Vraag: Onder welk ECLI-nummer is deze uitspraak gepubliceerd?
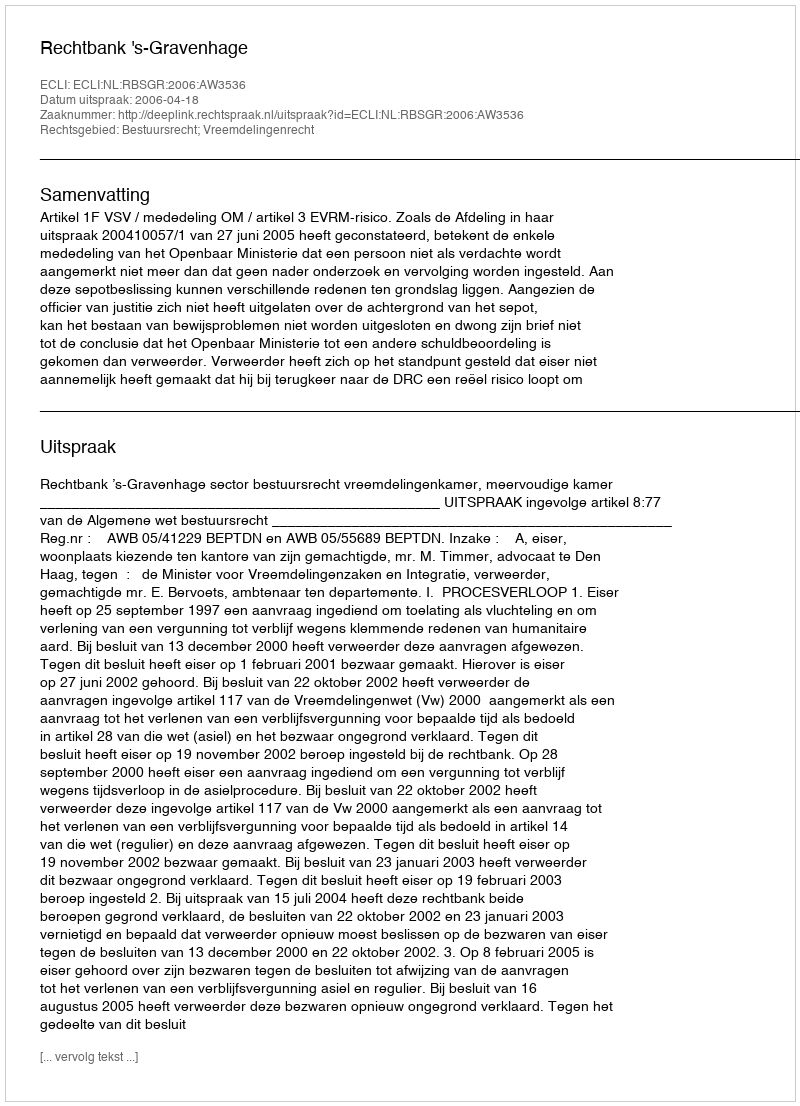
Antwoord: ECLI:NL:RBSGR:2006:AW3536